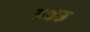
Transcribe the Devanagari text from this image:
अछरू